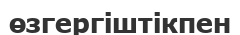
өзгергіштікпен